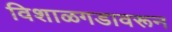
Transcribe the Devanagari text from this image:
विशाळगडावरून